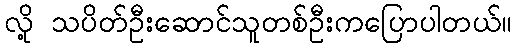
လို့ သပိတ်ဦးဆောင်သူတစ်ဦးကပြောပါတယ်။